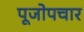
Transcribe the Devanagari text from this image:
पूजोपचार